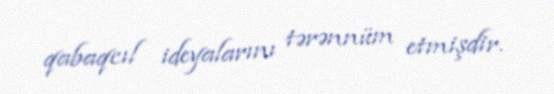
qabaqcıl ideyalarını tərənnüm etmişdir.